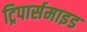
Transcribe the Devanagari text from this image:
ट्रिपार्समाइड